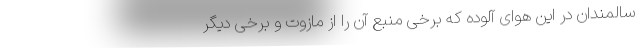
سالمندان در این هوای آلوده که برخی منبع آن را از مازوت و برخی دیگر